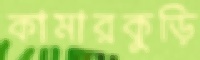
কামারকুড়ি